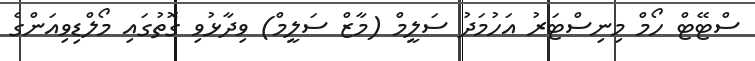
ސްޓޭޓް ހޯމް މިނިސްޓަރު އަހުމަދު ސަލީމް (މާޒް ސަލީމް) ވިދާޅުވި ގޮތުގައި މޯލްޑިވިއަންގެ